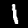
Digit: 1